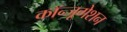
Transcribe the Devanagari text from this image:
कॉन्जूगेशन